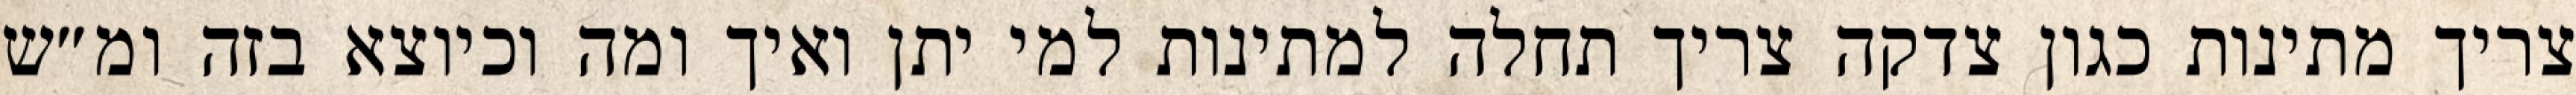
צריך מתינות כגון צדקה צריך תחלה למתינות למי יתן ואיך ומה וכיוצא בזה ומ״ש